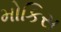
મોકિસ